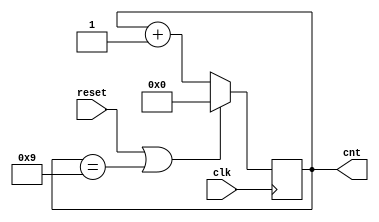
module decade_cntr (
    input clk,
    input reset,      // Synchronous active-high reset
    output [3:0] cnt);

    always@(posedge clk)
        begin
            if(reset | cnt == 4'd9)
                cnt <= 4'b0;
            else
                cnt <= cnt+1'b1;
        end
endmodule